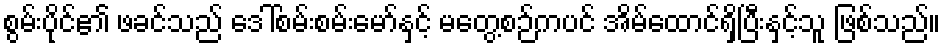
စွမ်းပိုင်၏ ဖခင်သည် ဒေါ်စမ်းစမ်းမော်နှင့် မတွေ့စဉ်ကပင် အိမ်ထောင်ရှိပြီးနှင့်သူ ဖြစ်သည်။